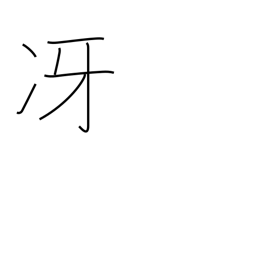
Meaning: be clear